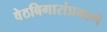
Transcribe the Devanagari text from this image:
वेठबिगारांप्रमाणे